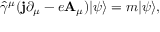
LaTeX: { \hat { \gamma } } ^ { \mu } ( \mathbf { j } \partial _ { \mu } - e \mathbf { A } _ { \mu } ) | \psi \rangle = m | \psi \rangle ,